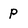
Character: p